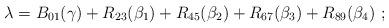
LaTeX: \begin{align*} \lambda = B_{01}(\gamma) + R_{23}(\beta_1) + R_{45}(\beta_2) + R_{67}(\beta_3) + R_{89}(\beta_4)~;\end{align*}